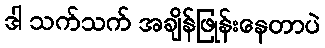
ဒါ သက်သက် အချိန်ဖြုန်းနေတာပဲ